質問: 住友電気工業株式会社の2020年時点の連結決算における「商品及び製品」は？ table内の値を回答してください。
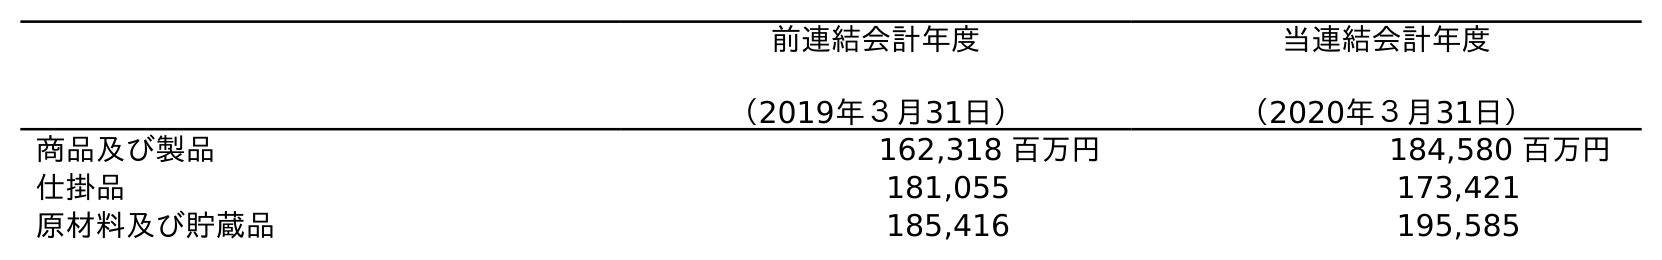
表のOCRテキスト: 前連結会計年度 （2019年３月31日） 当連結会計年度 （2020年３月31日） 商品及び製品 162,318 百万円 184,580 百万円 仕掛品 181,055 173,421 原材料及び貯蔵品 185,416 195,585
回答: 184,580百万円